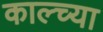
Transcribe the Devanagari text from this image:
काल्च्या